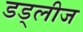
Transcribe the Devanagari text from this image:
डड्लीज